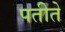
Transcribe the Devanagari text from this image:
पतीते